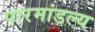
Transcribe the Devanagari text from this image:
पारमांडल्य